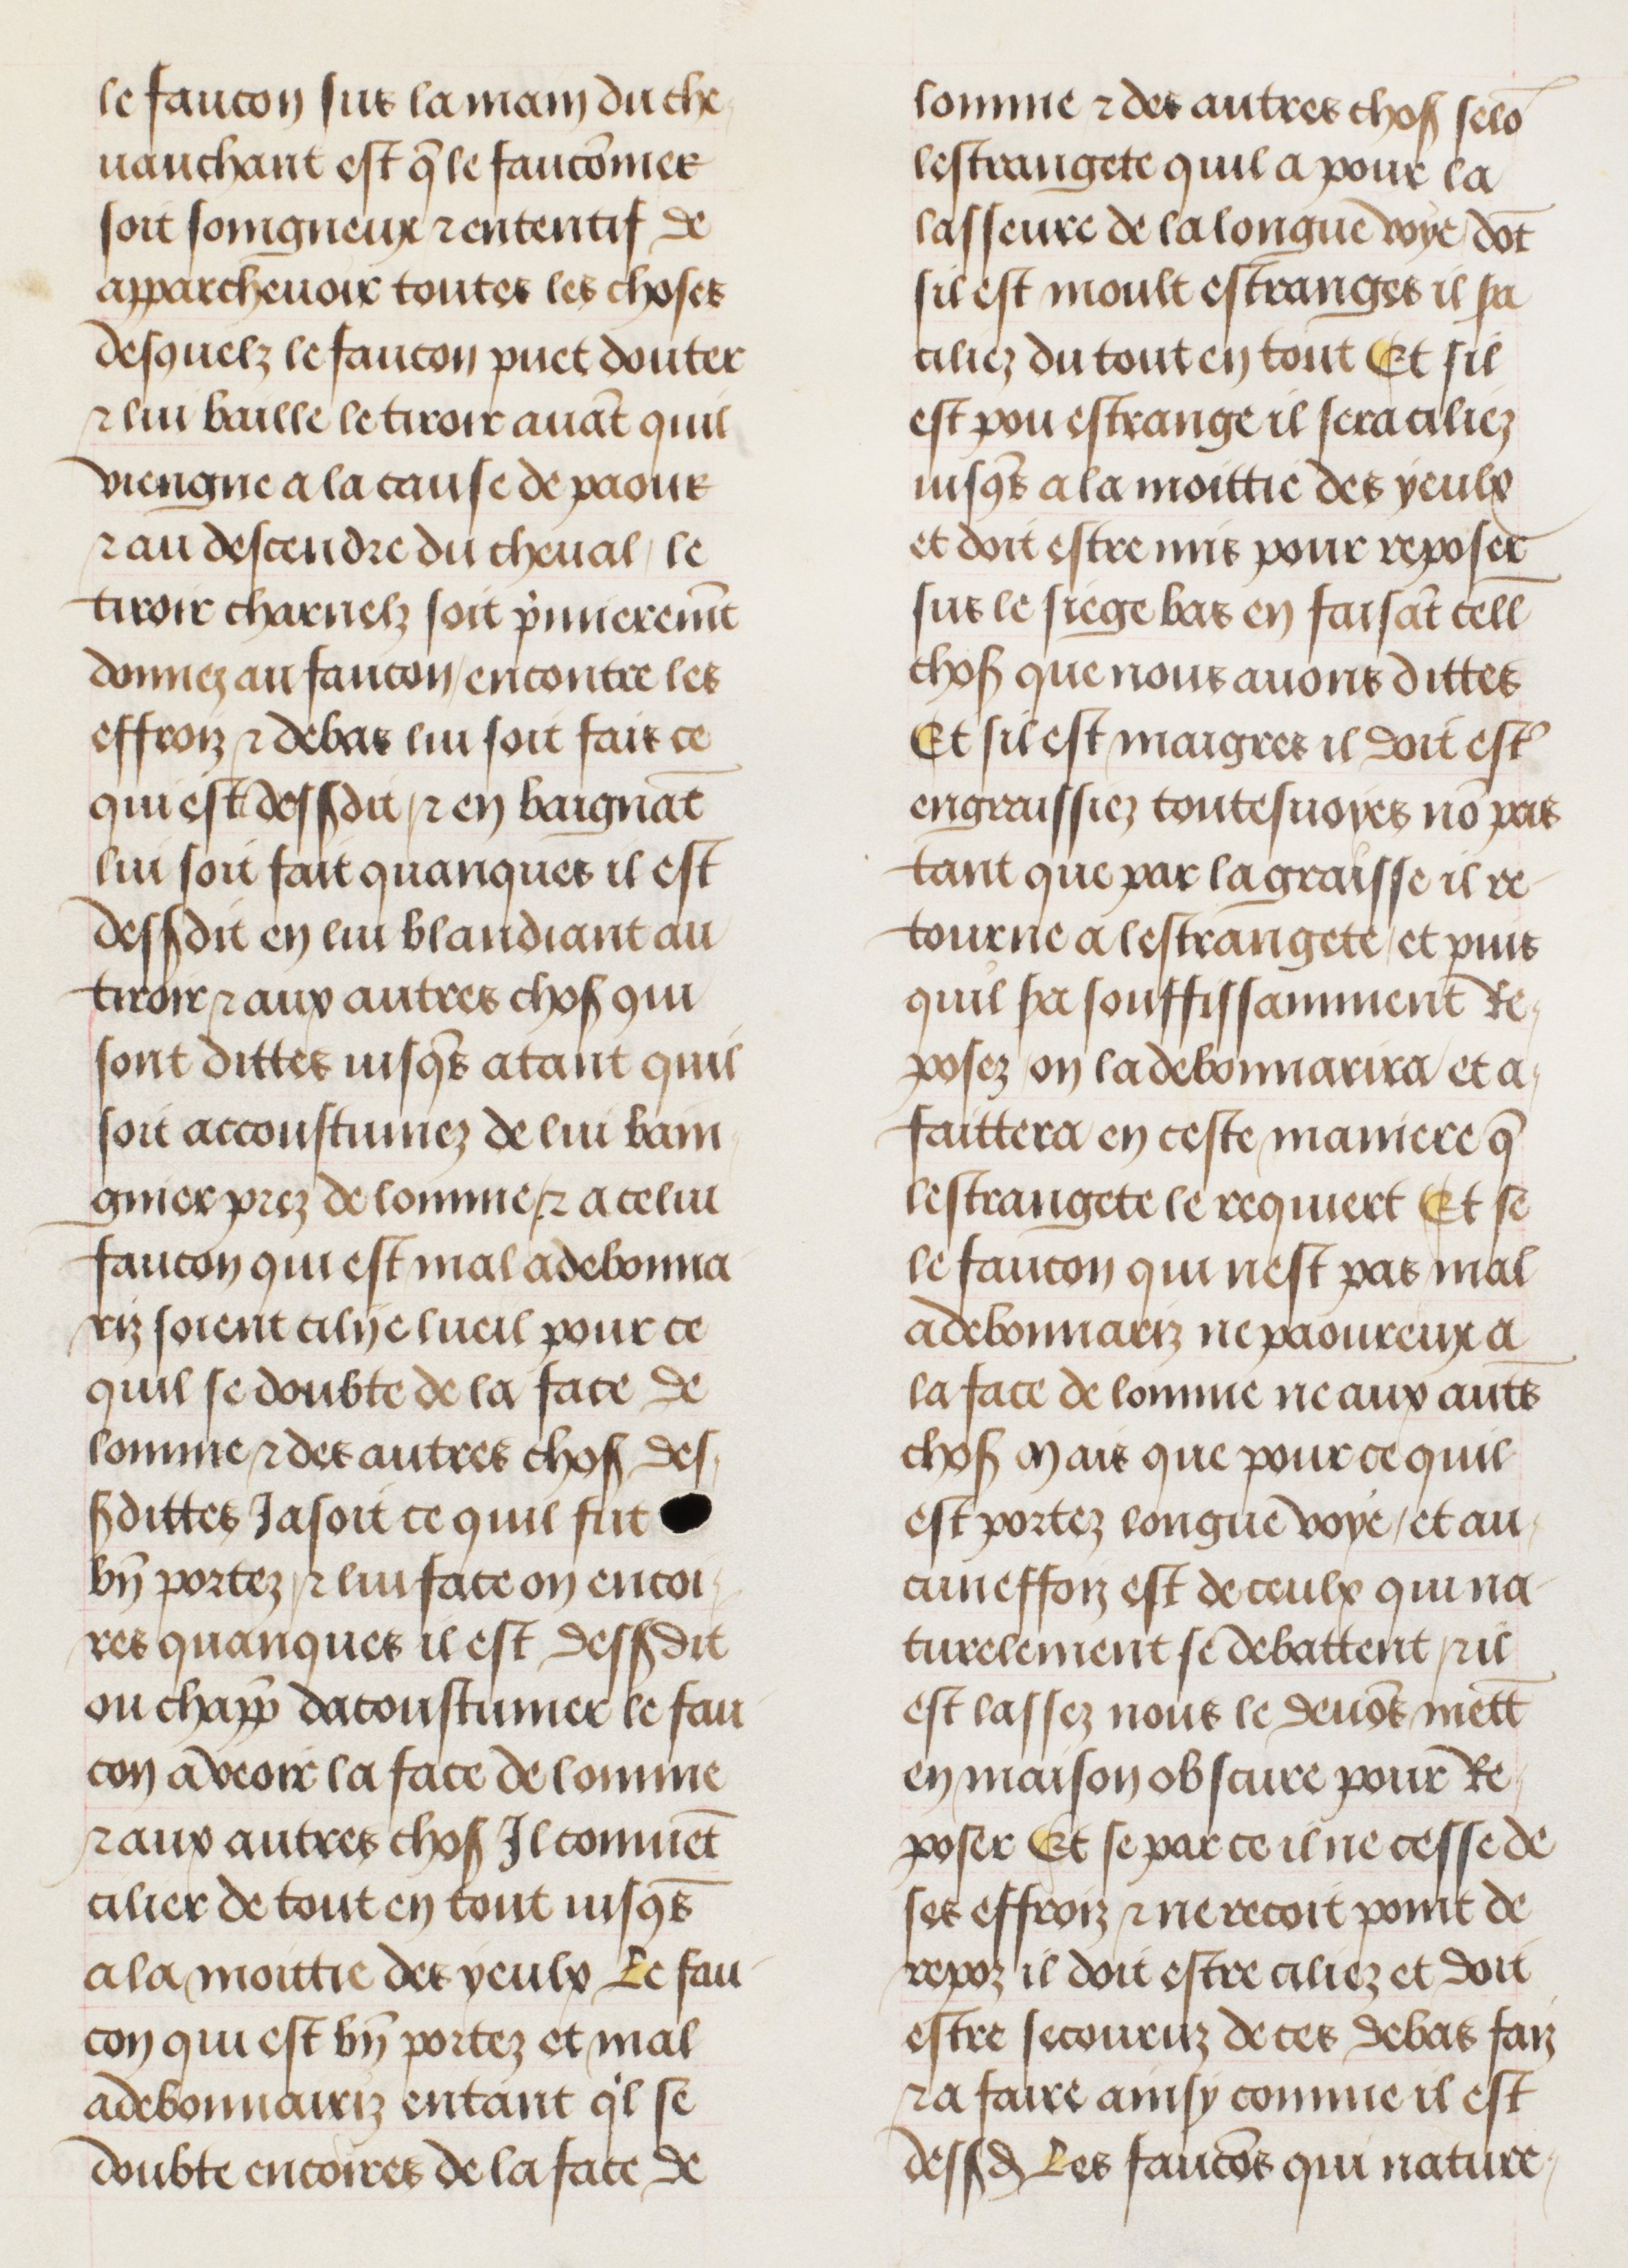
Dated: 1470–1505